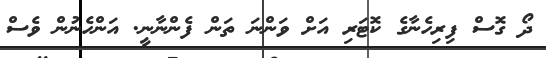
ދޯ ގޮސް ފިރިހެނާގެ ކޮޓަރި އަށް ވަންނަ ތަން ފެންނާނީ. އަންހެނުން ވެސް